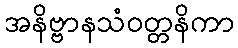
အနိဗ္ဗာနသံဝတ္တနိကာ